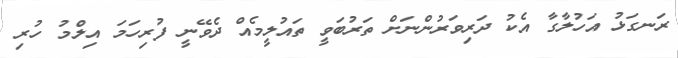
ރަނގަޅު އަހުލާގާ އެކު ދަރިވަރުންނަށް ތަރުބަވީ ތައުލީމެއް ދެވޭނީ ފުރިހަމަ އިލްމު ހުރި